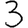
Digit: 3